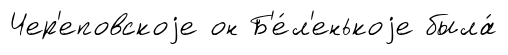
Чер'еповскоjе он Б'е́л'енькоjе была́